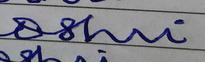
Signature authenticity: forged